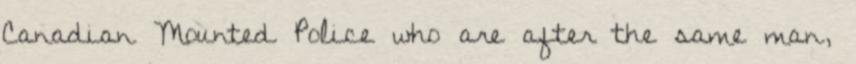
Canadian Mounted Police who are after the same man,